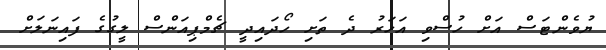
ޔުވެންޓަސް އަށް ހުސްވި އަހަރު ދެ ތަށި ހޯދައިދީ ޗެމްޕިއަންސް ލީގުގެ ފައިނަލަށް